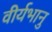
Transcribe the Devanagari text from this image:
वीर्यभानु